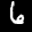
Label: 6